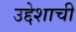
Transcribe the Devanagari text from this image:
उद्देशाची